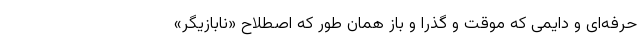
حرفه‌ای و دایمی که موقت و گذرا و باز همان طور که اصطلاح «نابازیگر»